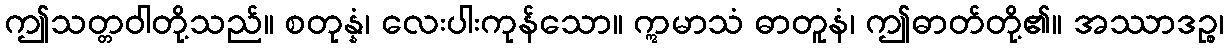
ဤသတ္တဝါတို့သည်။ စတုန္နံ၊ လေးပါးကုန်သော။ ဣမာသံ ဓာတူနံ၊ ဤဓာတ်တို့၏။ အဿာဒဉ္စ၊